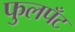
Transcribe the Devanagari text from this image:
फुलपँट